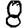
Digit: 8